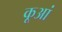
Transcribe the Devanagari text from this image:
कूआं